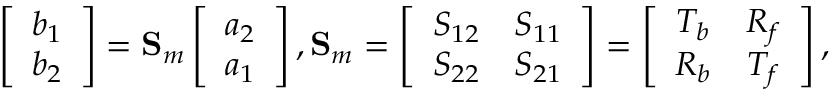
\left[ \begin{array} { l } { b _ { 1 } } \\ { b _ { 2 } } \end{array} \right] = \mathbf { S } _ { m } \left[ \begin{array} { l } { a _ { 2 } } \\ { a _ { 1 } } \end{array} \right] , \mathbf { S } _ { m } = \left[ \begin{array} { c c } { S _ { 1 2 } } & { S _ { 1 1 } } \\ { S _ { 2 2 } } & { S _ { 2 1 } } \end{array} \right] = \left[ \begin{array} { c c } { T _ { b } } & { R _ { f } } \\ { R _ { b } } & { T _ { f } } \end{array} \right] ,